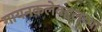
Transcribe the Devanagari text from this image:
गायनकलेबद्दलच्या